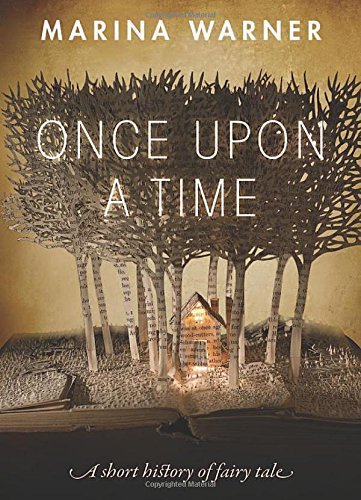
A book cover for Once Upon a Time: A Short History of Fairy Tale; Marina Warner; Literature & Fiction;